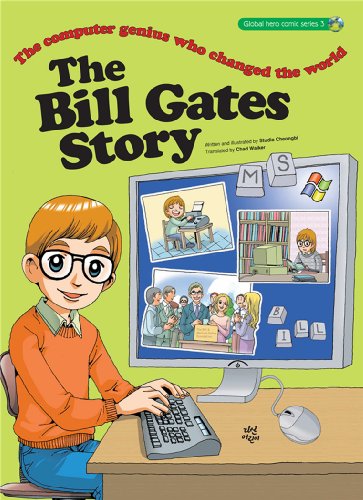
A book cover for The Bill Gates Story: The Computer Genius Who Changed the World (Great Heroes Series); Studio Cheongbi; Children's Books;